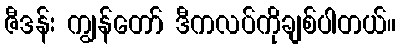
ဇီဒန်း ကျွန်တော် ဒီကလပ်ကိုချစ်ပါတယ်။